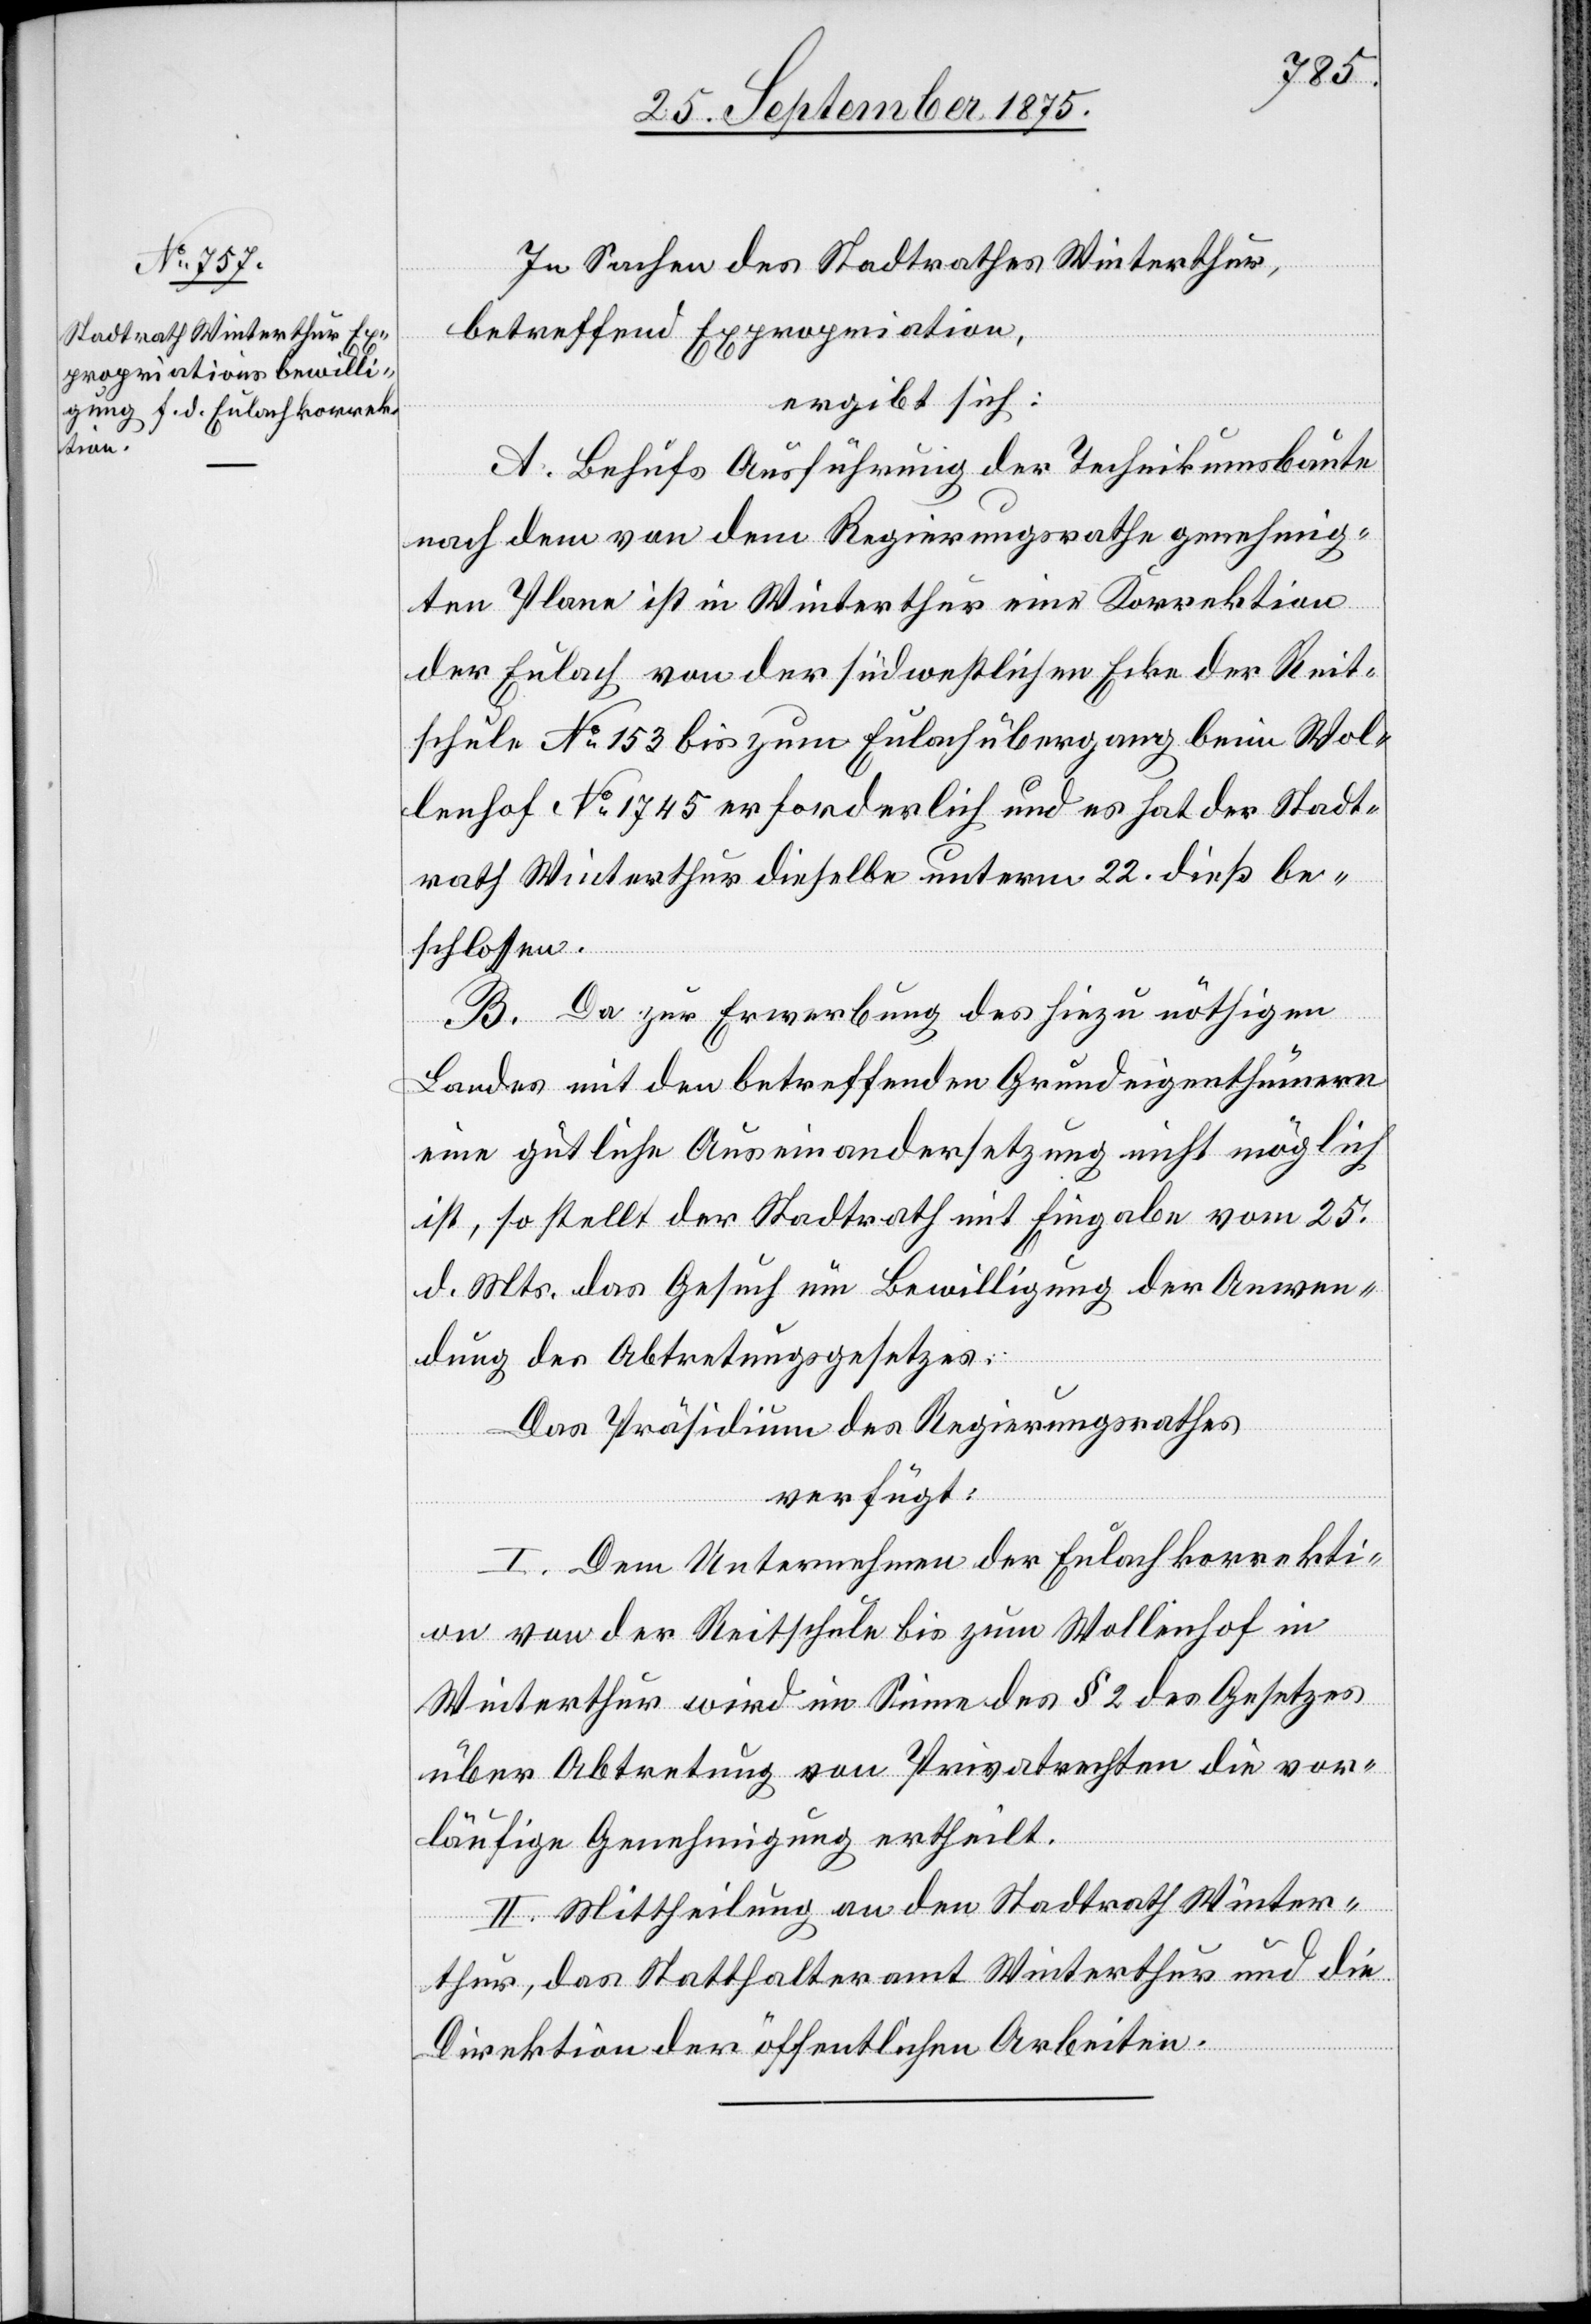
27. September 1875.
In Sachen des Stadtrathes Winterthur,
betreffend Expropriation,
ergibt sich:
A. Behufs Ausführung der Technikumsbaute
nach dem von dem Regierungsrathe genehmig¬
ten Plane ist in Winterthur eine Korrektion
der Eulach von der südwestlichen Ecke der Reit¬
schule No 153 bis zum Eulachübergang beim Wol¬
lenhof No 1745 erforderlich und es hat der Stadt¬
rath Winterthur dieselbe unterm 22. dieß be¬
schlossen.
B. Da zur Erwerbung des hiezu nöthigen
Landes mit den betreffenden Grundeigenthümern
eine gütliche Auseinandersetzung nicht möglich
ist, so stellt der Stadtrath mit Eingabe vom 25.
d. Mts das Gesuch um Bewilligung der Anwen¬
dung des Abtretungsgesetzes:
Das Präsidium des Regierungsrathes
verfügt:
I. Dem Unternehmen der Eulachkorrekti¬
on von der Reitschule bis zum Wollenhof in
Winterthur wird im Sinne des § 2 des Gesetzes
über Abtretung von Privatrechten die vor¬
läufige Genehmigung ertheilt.
II. Mittheilung an den Stadtrath Winter¬
thur, das Statthalteramt Winterthur und die
Direktion der öffentlichen Arbeiten.